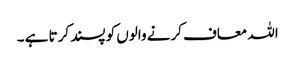
اللہ معاف کرنے والوں کو پسند کرتا ہے ۔